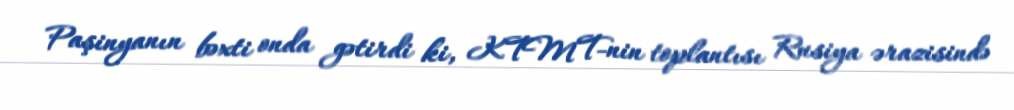
Paşinyanın bəxti onda gətirdi ki, KTMT-nin toplantısı Rusiya ərazisində